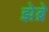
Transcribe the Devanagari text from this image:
झेब्रे